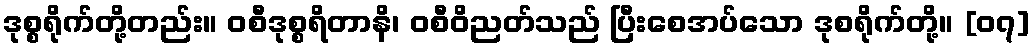
ဒုစ္စရိုက်တို့တည်း။ ဝစီဒုစ္စရိတာနိ၊ ဝစီဝိညတ်သည် ပြီးစေအပ်သော ဒုစရိုက်တို့။ [၀၇]